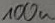
Text: 100u